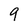
Character: 9